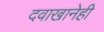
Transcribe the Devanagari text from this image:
दवाखानेही